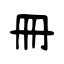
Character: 冊